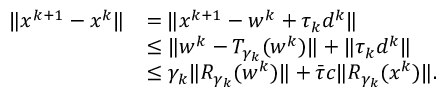
\begin{array} { r l } { \| x ^ { k + 1 } - x ^ { k } \| } & { = \| x ^ { k + 1 } - w ^ { k } + \tau _ { k } d ^ { k } \| } \\ & { \le \| w ^ { k } - T _ { \gamma _ { k } } ( w ^ { k } ) \| + \| \tau _ { k } d ^ { k } \| } \\ & { \le \gamma _ { k } \| R _ { \gamma _ { k } } ( w ^ { k } ) \| + \bar { \tau } c \| R _ { \gamma _ { k } } ( x ^ { k } ) \| . } \end{array}